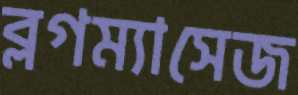
ব্লগম্যাসেজ